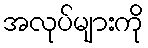
အလုပ်များကို